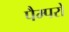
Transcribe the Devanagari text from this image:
पैम्परो